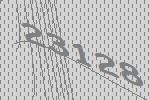
23128